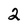
Character: 2